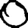
Digit: 0